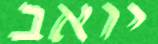
יואב